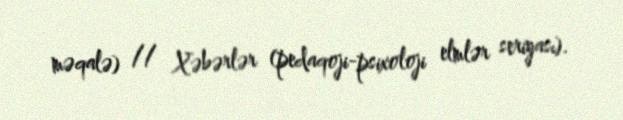
məqalə) // Xəbərlər (pedaqoji-psixoloji elmlər seriyası).